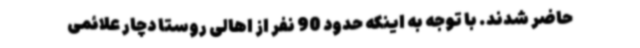
حاضر شدند. با توجه به اینکه حدود 90 نفر از اهالی روستا دچار علائمی